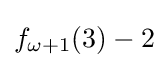
f_{\omega +1}(3)-2